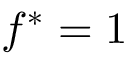
f ^ { * } = 1